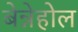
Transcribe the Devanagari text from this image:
बेन्नेहोल